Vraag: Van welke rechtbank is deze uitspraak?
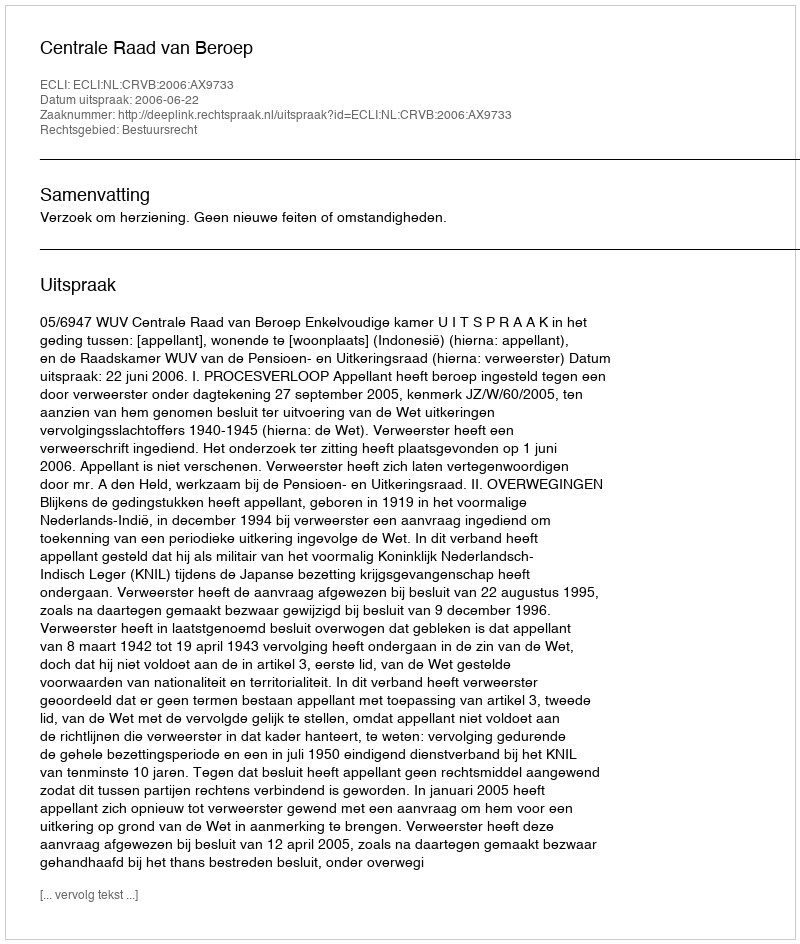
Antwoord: Centrale Raad van Beroep